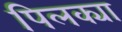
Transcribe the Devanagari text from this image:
पिलक्या